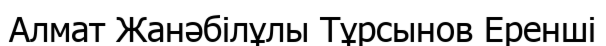
Алмат Жанәбілұлы Тұрсынов Еренші